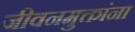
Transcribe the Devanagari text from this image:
जीवनमुक्तांना